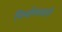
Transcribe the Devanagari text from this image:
निर्माणजारी